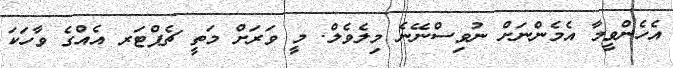
އެހެންވީމާ އެެމެންނަށް ނުވިސްނޭނެ މިލެވެލް. މީ ވަރަށް މަތީ ޗެޕްޓަރ އެއްގެ ވާހަކަ